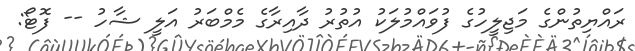
ރައްޔިތުންގެ މަޖިލީހުގެ ފުވައްމުލަކު އުތުރު ދާއިރާގެ މެމްބަރު އަލީ ޝާހު -- ފޮޓޯ: